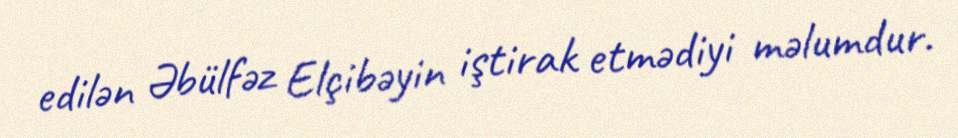
edilən Əbülfəz Elçibəyin iştirak etmədiyi məlumdur.